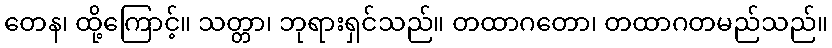
တေန၊ ထို့ကြောင့်။ သတ္တာ၊ ဘုရားရှင်သည်။ တထာဂတော၊ တထာဂတမည်သည်။